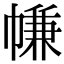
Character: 㡘